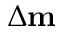
\Delta \mathbf { m }